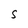
Character: S